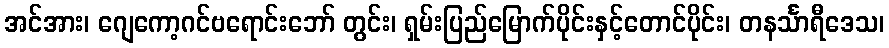
အင်အား၊ ဂျေကော့ဂင်ဗရောင်းဘော် တွင်း၊ ရှမ်းပြည်မြောက်ပိုင်းနှင့်တောင်ပိုင်း၊ တနင်္သာရီဒေသ၊